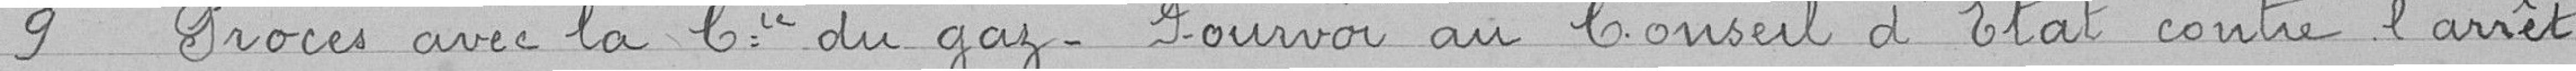
9 Procès avec la Compagne du gaz. Pourvoi au Conseil d'état contre l'arrêt